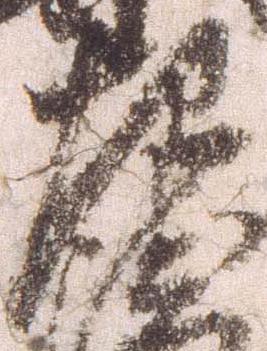
左